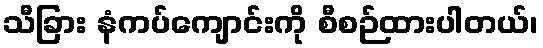
သီခြား နံကပ်ကျောင်းကို စီစဉ်ထားပါတယ်၊